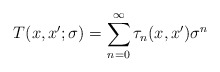
\begin{align*}T(x,x';\sigma) = \sum_{n=0}^\infty \tau_n(x,x')\sigma^n\end{align*}